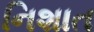
નિશાત